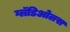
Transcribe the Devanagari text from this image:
ग्लॅडिओलस